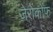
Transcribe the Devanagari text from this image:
ज़ेरोंकोंफ़